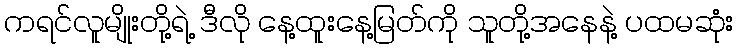
ကရင်လူမျိုးတို့ရဲ့ ဒီလို နေ့ထူးနေ့မြတ်ကို သူတို့အနေနဲ့ ပထမဆုံး